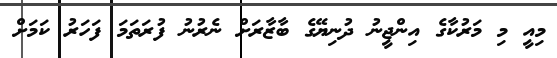
މިއީ މި މަރުކާގެ އިންޖީނު ދުނިޔޭގެ ބާޒާރަށް ނެރުނު ފުރަތަމަ ފަހަރު ކަމަށް